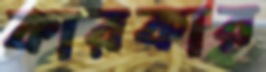
কারকার